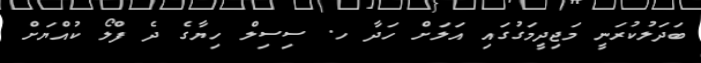
ބަދަލުކުރަނީ މަޖިދީމަގުގައި އަލަށް ހަދާ ހ. ސިސިލް ހިޔާގެ ދެ ފްލޯ ކުއްޔަށް